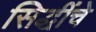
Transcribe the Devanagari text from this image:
सिद्धींचे